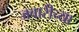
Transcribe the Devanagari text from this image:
जवारीच्या